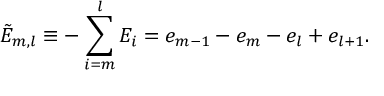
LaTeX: \tilde { E } _ { m , l } \equiv - \sum _ { i = m } ^ { l } E _ { i } = e _ { m - 1 } - e _ { m } - e _ { l } + e _ { l + 1 } .